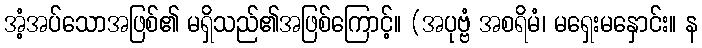
အံ့အပ်သောအဖြစ်၏ မရှိသည်၏အဖြစ်ကြောင့်။ (အပုဗ္ဗံ အစရိမံ၊ မရှေးမနှောင်း။ န